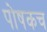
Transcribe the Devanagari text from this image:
पोषकच